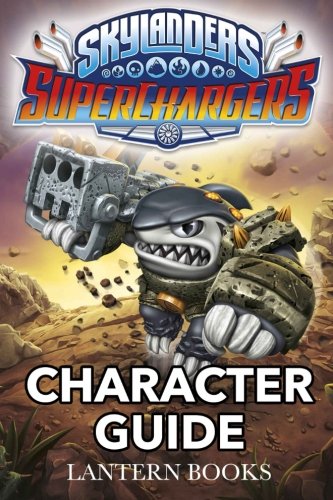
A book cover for Skylanders SuperChargers - Character Guide; Lantern Books; Humor & Entertainment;